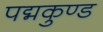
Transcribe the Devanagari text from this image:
पद्मकुण्ड